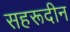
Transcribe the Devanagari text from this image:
सहरूदीन